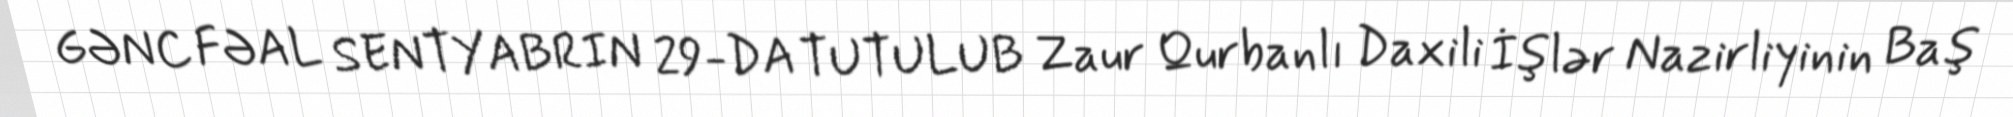
GƏNC FƏAL SENTYABRIN 29-DA TUTULUB Zaur Qurbanlı Daxili İşlər Nazirliyinin Baş